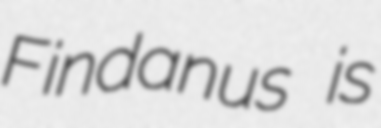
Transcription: Findanus is